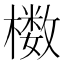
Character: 𰘸